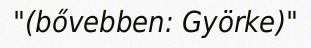
"(bővebben: Györke)"